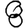
Digit: 8